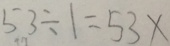
5 3 \div 1 = 5 3 X